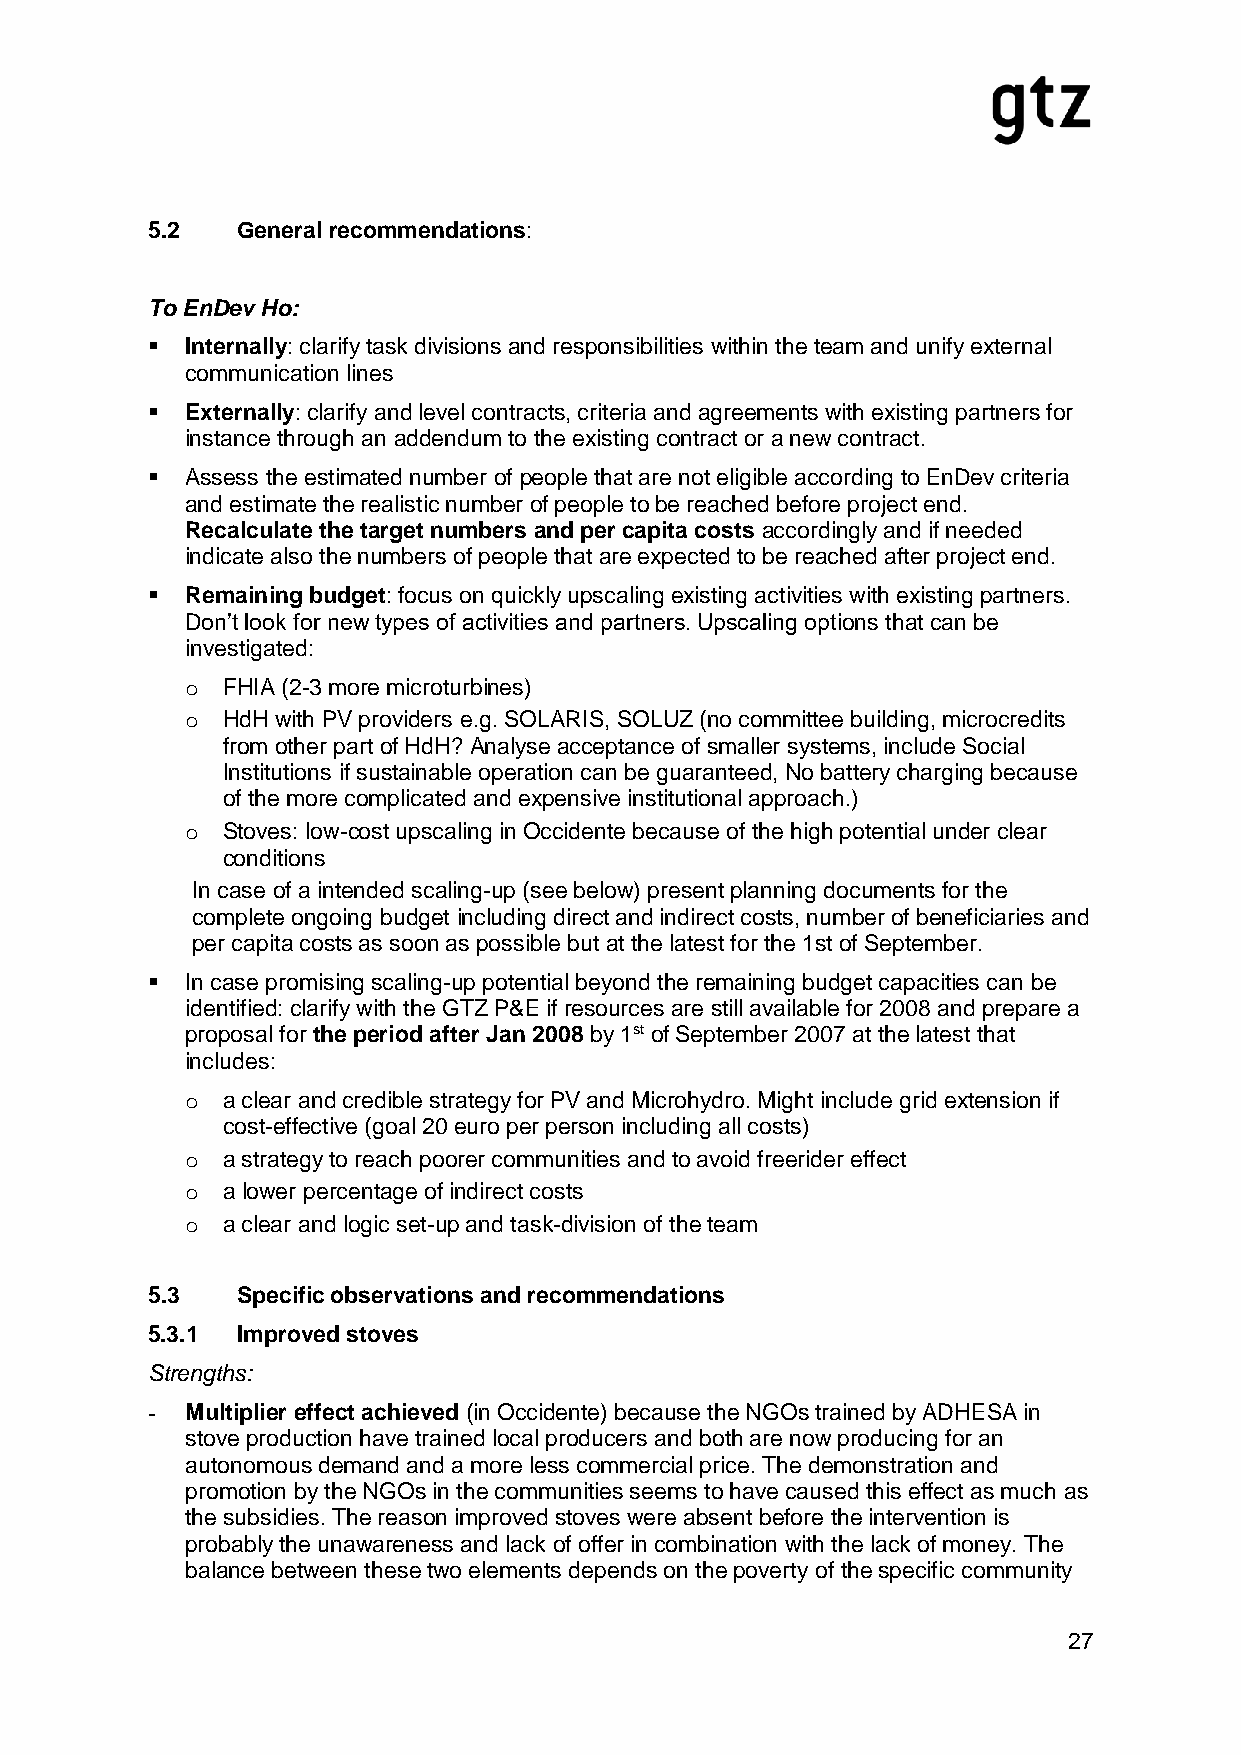
5.2   General recommendations:
 To EnDev Ho:
  Internally: clarify task divisions and responsibilities within the team and unify external
 communication lines
  Externally: clarify and level contracts, criteria and agreements with existing partners for
 instance through an addendum to the existing contract or a new contract.
  Assess the estimated number of people that are not eligible according to EnDev criteria
 and estimate the realistic number of people to be reached before project end.
 Recalculate the target numbers and per capita costs accordingly and if needed
 indicate also the numbers of people that are expected to be reached after project end.
  Remaining budget: focus on quickly upscaling existing activities with existing partners.
 Don’t look for new types of activities and partners. Upscaling options that can be
 investigated:
 o  FHIA (2-3 more microturbines)
 o  HdH with PV providers e.g. SOLARIS, SOLUZ (no committee building, microcredits
 from other part of HdH? Analyse acceptance of smaller systems, include Social
 Institutions if sustainable operation can be guaranteed, No battery charging because
 of the more complicated and expensive institutional approach.)
 o  Stoves: low-cost upscaling in Occidente because of the high potential under clear
 conditions
 In case of a intended scaling-up (see below) present planning documents for the
 complete ongoing budget including direct and indirect costs, number of beneficiaries and
 per capita costs as soon as possible but at the latest for the 1st of September.
  In case promising scaling-up potential beyond the remaining budget capacities can be
 identified: clarify with the GTZ P&E if resources are still available for 2008 and prepare a
 proposal for the period after Jan 2008 by 1st of September 2007 at the latest that
 includes:
 o  a clear and credible strategy for PV and Microhydro. Might include grid extension if
 cost-effective (goal 20 euro per person including all costs)
 o  a strategy to reach poorer communities and to avoid freerider effect
 o  a lower percentage of indirect costs
 o  a clear and logic set-up and task-division of the team
 5.3   Specific observations and recommendations
 5.3.1 Improved stoves
 Strengths:
 - Multiplier effect achieved (in Occidente) because the NGOs trained by ADHESA in
 stove production have trained local producers and both are now producing for an
 autonomous demand and a more less commercial price. The demonstration and
 promotion by the NGOs in the communities seems to have caused this effect as much as
 the subsidies. The reason improved stoves were absent before the intervention is
 probably the unawareness and lack of offer in combination with the lack of money. The
 balance between these two elements depends on the poverty of the specific community
 27